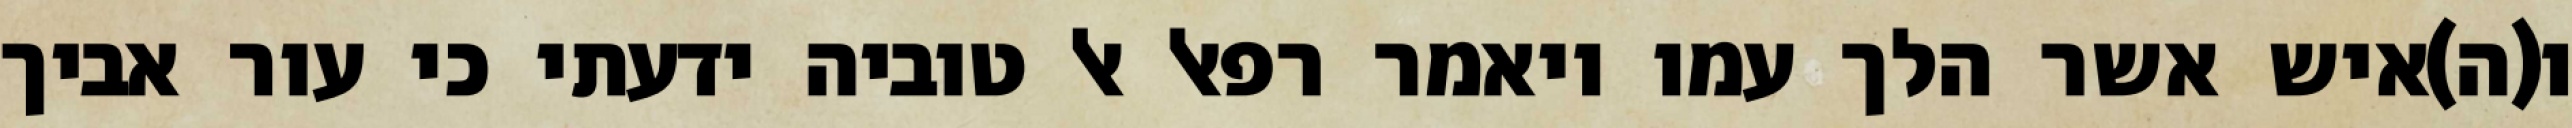
ו(ה)איש אשר הלך עמו ויאמר רפאל אל טוביה ידעתי כי עור אביך